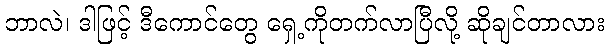
ဘာလဲ၊ ဒါဖြင့် ဒီကောင်တွေ ရှေ့ကိုတက်လာပြီလို့ ဆိုချင်တာလား